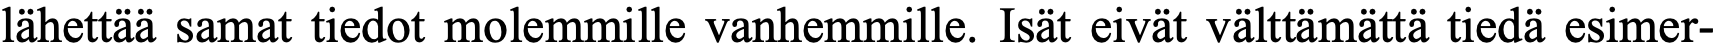
lähettää samat tiedot molemmille vanhemmille. Isät eivät välttämättä tiedä esimer-